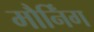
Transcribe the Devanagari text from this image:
मौर्निंग